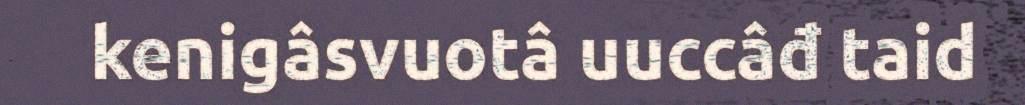
kenigâsvuotâ uuccâđ taid